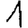
Digit: 1